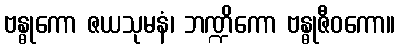
ဗန္ဓုကော ဇယသုမနံ၊ ဘဏ္ဍိကော ဗန္ဓုဇီဝကော။